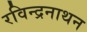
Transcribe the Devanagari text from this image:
रविन्द्रनाथन